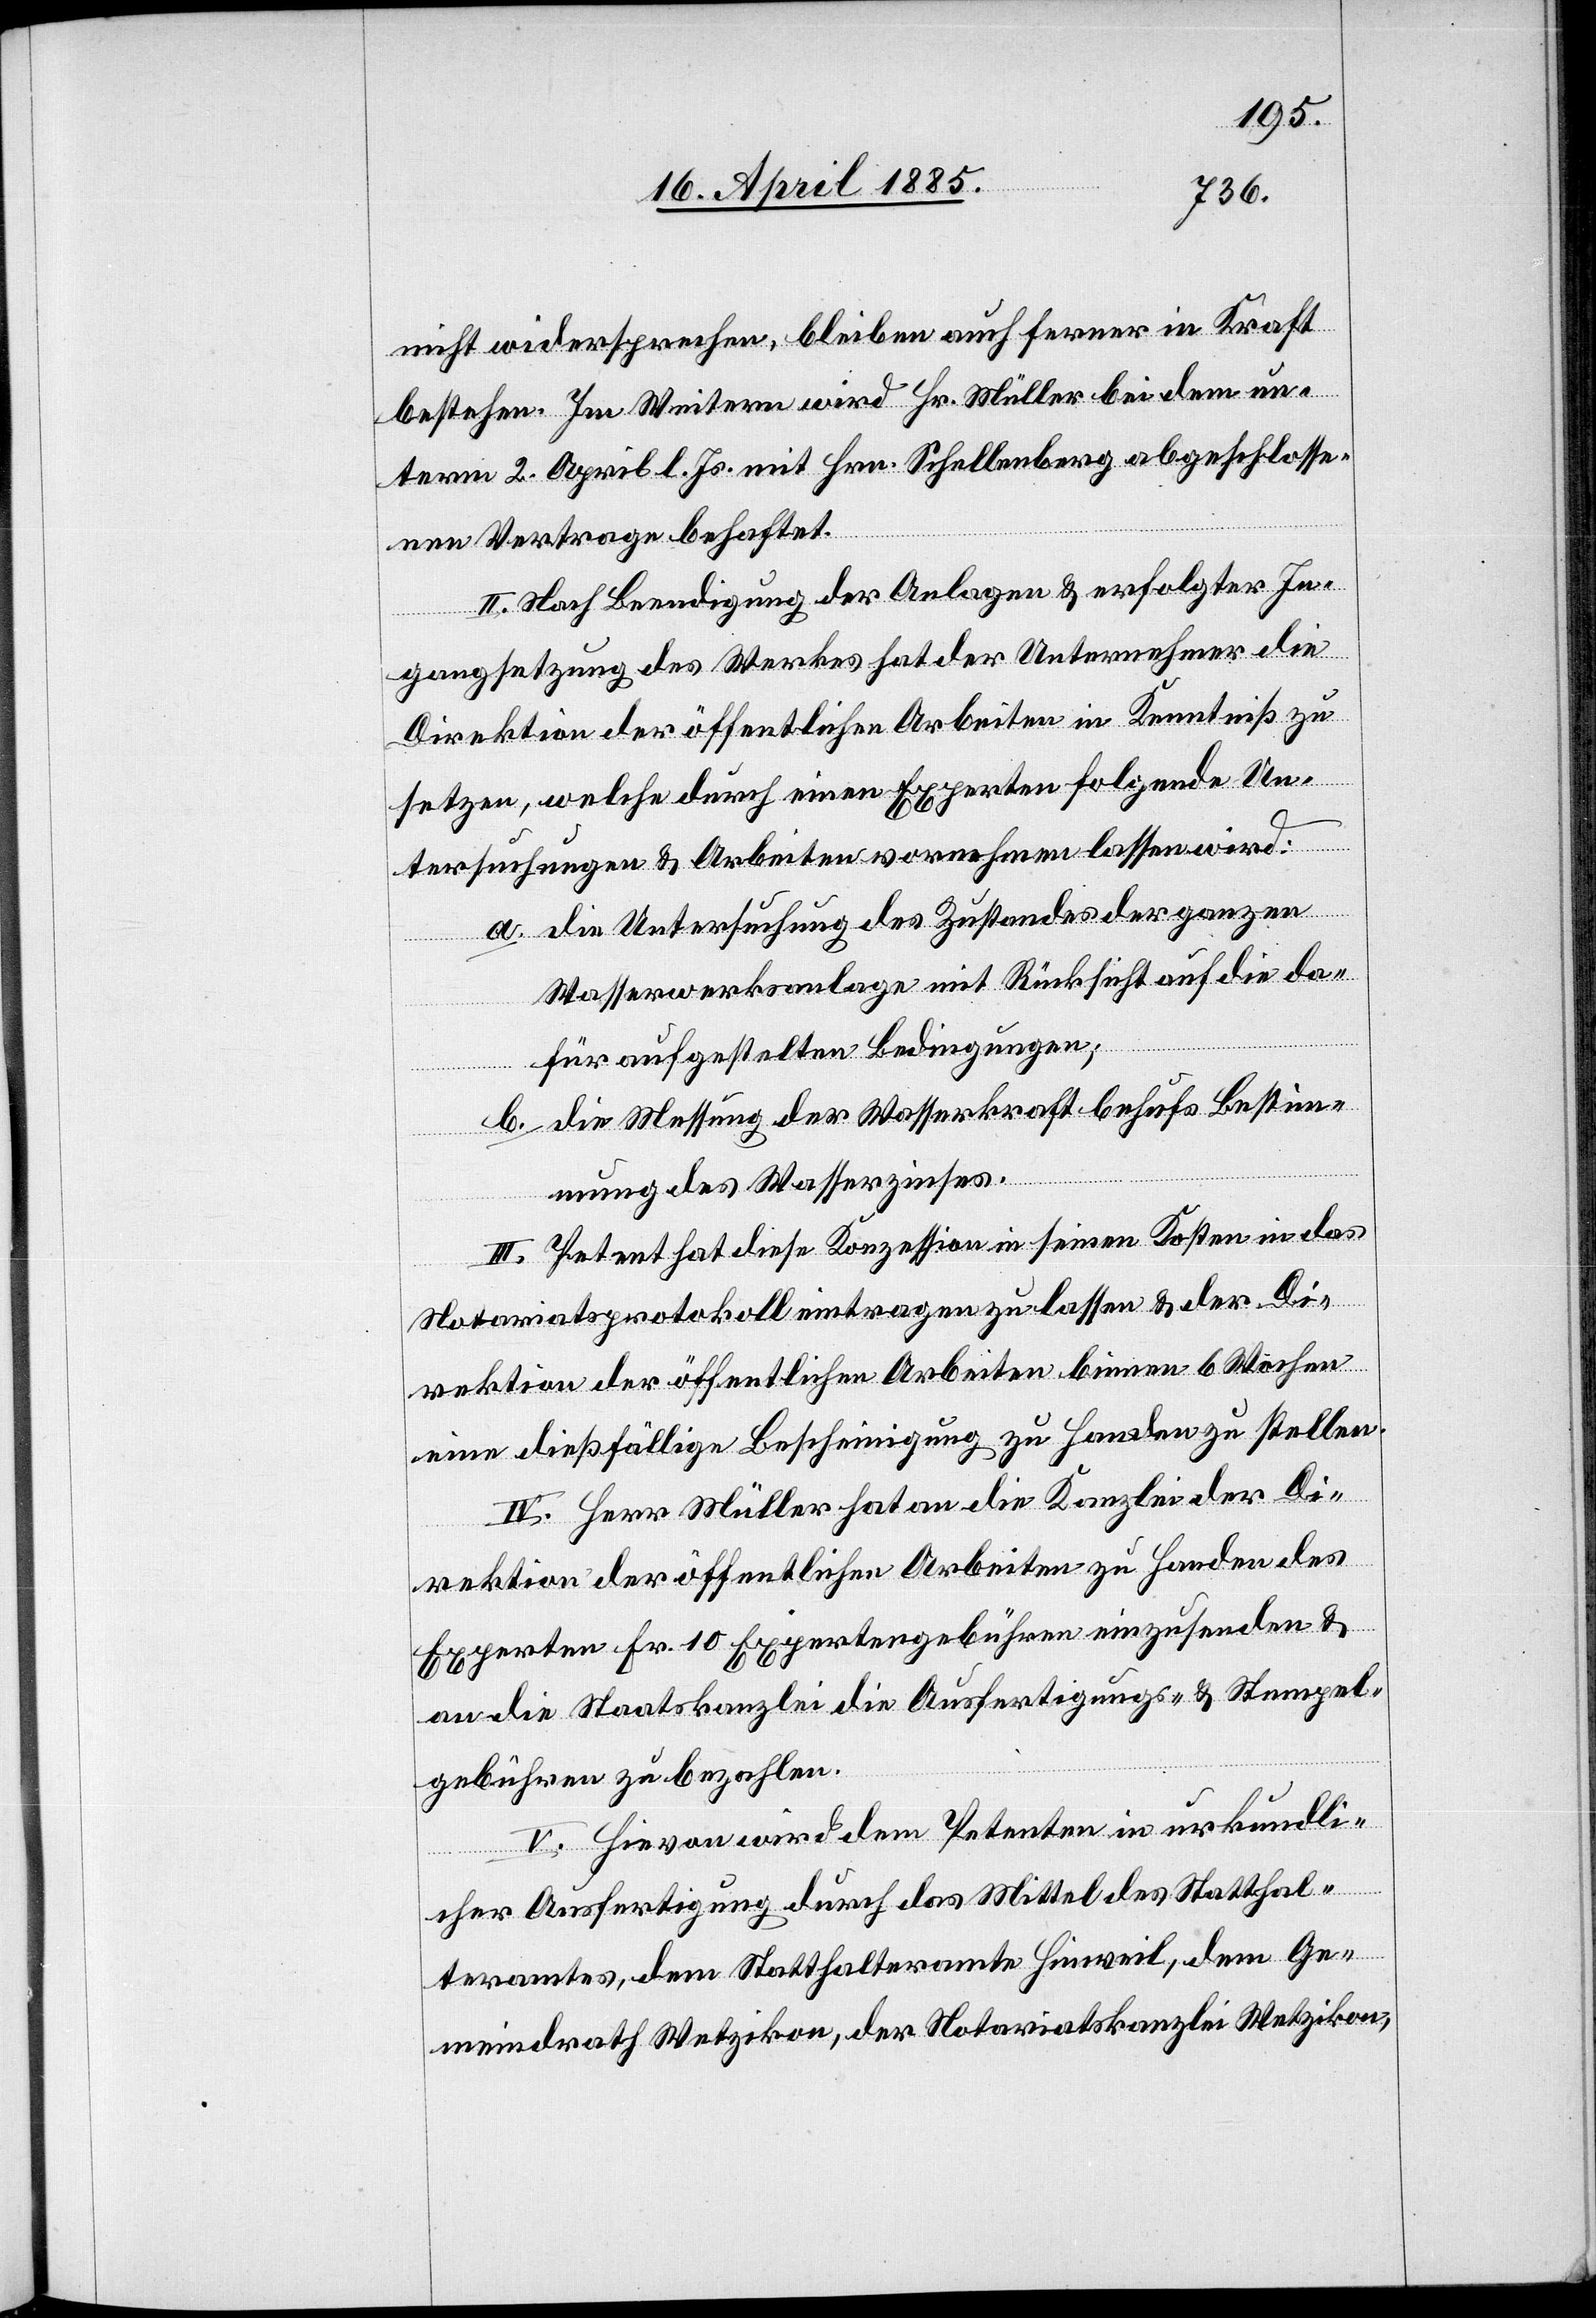
nicht widersprechen, bleiben auch ferner in Kraft
bestehen. Im Weitern wird Hr. Müller bei dem un¬
term 2. April l. Js. mit Hrn. Schellenberg abgeschlosse¬
nen Vertrage behaftet.
II. Nach Beendigung der Anlagen & erfolgter In¬
gangsetzung des Werkes hat der Unternehmer die
Direktion der öffentlichen Arbeiten in Kenntniß zu
setzen, welche durch einen Experten folgende Un¬
tersuchungen & Arbeitern vornehmen lassen wird:
a. die Untersuchung des Zustandes der ganzen
Wasserwerksanlage mit Rücksicht auf die da¬
für aufgestellten Bedingungen;
b. die Messung der Wasserkraft behufs Bestim¬
mung des Wasserzinses.
III. Petent hat diese Konzession in seinen Kosten in das
Notariatsprotokoll eintragen zu lassen & der Di¬
rektion der öffentlichen Arbeiten binnen 6 Wochen
eine dießfällige Bescheinigung zu Handen zu stellen.
IV. Herr Müller hat an die Kanzlei der Di¬
rektion der öffentlichen Arbeiten zu Handen des
Experten Fr. 10 Expertengebühren einzusenden &
an die Staatskanzlei die Ausfertigungs- & Stempel¬
gebühren zu bezahlen.
V. Hievon wird dem Petenten in urkundli¬
cher Ausfertigung durch das Mittel des Statthal¬
teramtes, dem Statthalteramte Hinweil, dem Ge¬
meindrath Wetzikon, der Notariatskanzlei Wetzikon,